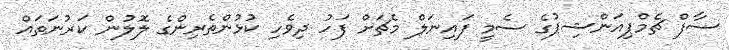
ސާފް ޗެމްޕިއަންޝިޕުގެ ސެމީ ފައިނަލް މެޗަށް ފަހު ދިވެހި ކުޅުންތެރިންގެ ލޮލުން ކަރުނަތައް